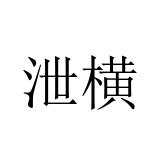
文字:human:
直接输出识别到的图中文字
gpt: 泄横